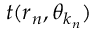
t ( \boldsymbol { r } _ { n } , \boldsymbol { \theta } _ { k _ { n } } )